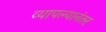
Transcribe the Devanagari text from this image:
व्यापल्यानंतर